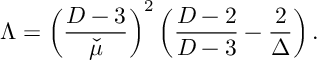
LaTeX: \Lambda = \left( \frac { D - 3 } { \check { \mu } } \right) ^ { 2 } \left( \frac { D - 2 } { D - 3 } - \frac { 2 } { \Delta } \right) .